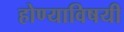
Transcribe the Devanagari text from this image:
होण्याविषयी